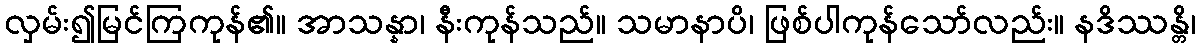
လှမ်း၍မြင်ကြကုန်၏။ အာသန္နာ၊ နီးကုန်သည်။ သမာနာပိ၊ ဖြစ်ပါကုန်သော်လည်း။ နဒိဿန္တိ၊